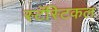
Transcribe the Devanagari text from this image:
स्टॅस्टिकल